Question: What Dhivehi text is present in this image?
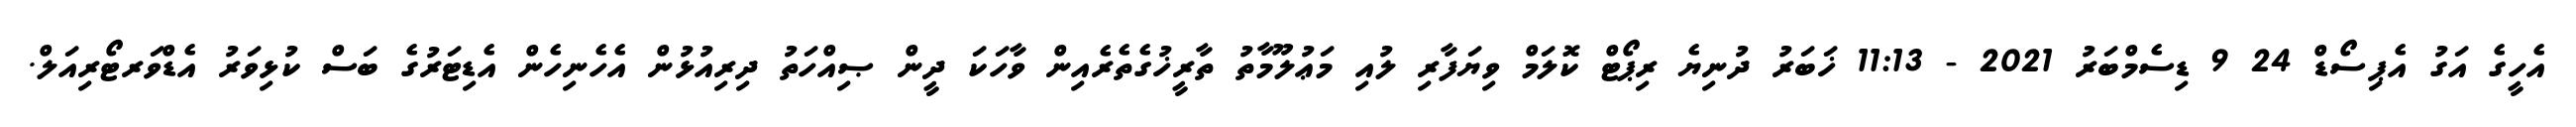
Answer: އެހީގެ އަގު އެޕިސޯޑް 24 9 ޑިސެމްބަރު 2021 - 11:13 ޚަބަރު ދުނިޔެ ރިޕޯޓް ކޮލަމް ވިޔަފާރި ލުއި މަޢުލޫމާތު ތާރީޚުގެތެރެއިން ވާހަކަ ދީން ޞިއްހަތު ދިރިއުޅުން އެހެނިހެން އެޑިޓަރުގެ ބަސް ކުޅިވަރު އެޑްވަރޓޯރިއަލް.